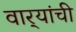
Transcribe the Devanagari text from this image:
वार्‍यांची